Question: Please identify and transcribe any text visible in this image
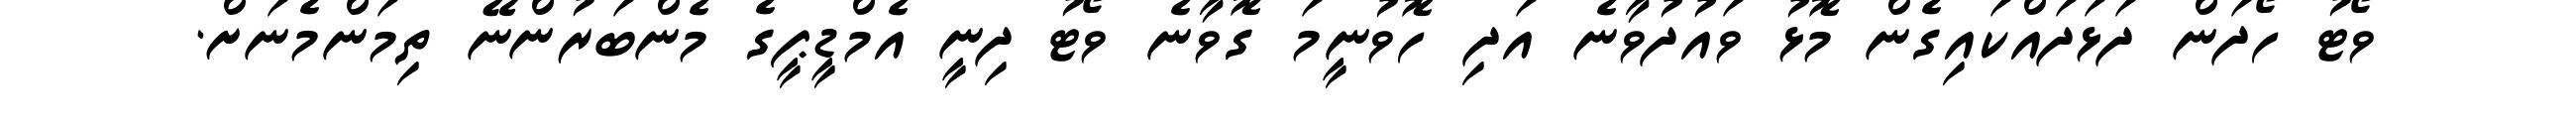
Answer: ވޯޓު ހޯދަން ދަޅަދައްކައިގެން މޮޅު ވައުދުވާނެ އަދި ހޮވުނީމަ ގޮވާނެ ވޯޓު ދިނީ އެމްޑީޕީގެ މެންބަރުންނޭ ތިމަންމެނަށް.